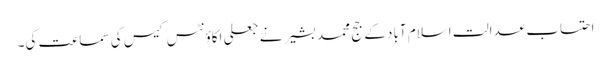
احتساب عدالت اسلام آباد کے جج محمد بشیر نے جعلی اکاؤنٹس کیس کی سماعت کی۔